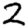
Digit: 2